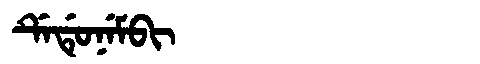
Manchu: ᡩᡝᡩᡠᠨᡝᠮᠪᡳ
Romanization: DEDUNEMBI